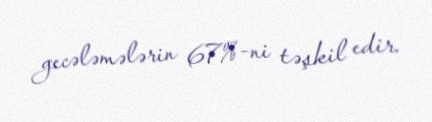
gecələmələrin 67%-ni təşkil edir.